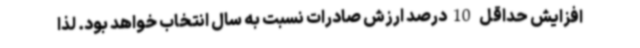
افزایش حداقل 10درصد ارزش صادرات نسبت به سال انتخاب خواهد بود. لذا